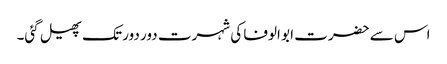
اس سے حضرت ابو الوفا کی شہرت دور دور تک پھیل گئی۔